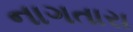
નાગતારા